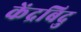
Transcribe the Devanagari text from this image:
केंद्रबिदु